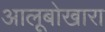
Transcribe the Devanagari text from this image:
आलूबोखारा